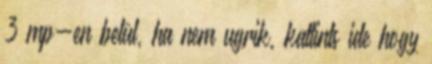
3 mp-en belül, ha nem ugrik, kattints ide hogy